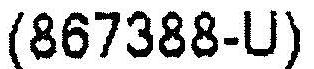
(867388-U)